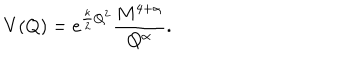
V ( Q ) = e ^ { \frac { \kappa } { 2 } Q ^ { 2 } } \frac { M ^ { 4 + \alpha } } { Q ^ { \alpha } } .